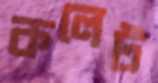
কলেট